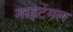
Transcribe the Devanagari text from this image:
नाइटेंगल